Note on the mental hospitals in Burma - 1925-1940
Year: 1925
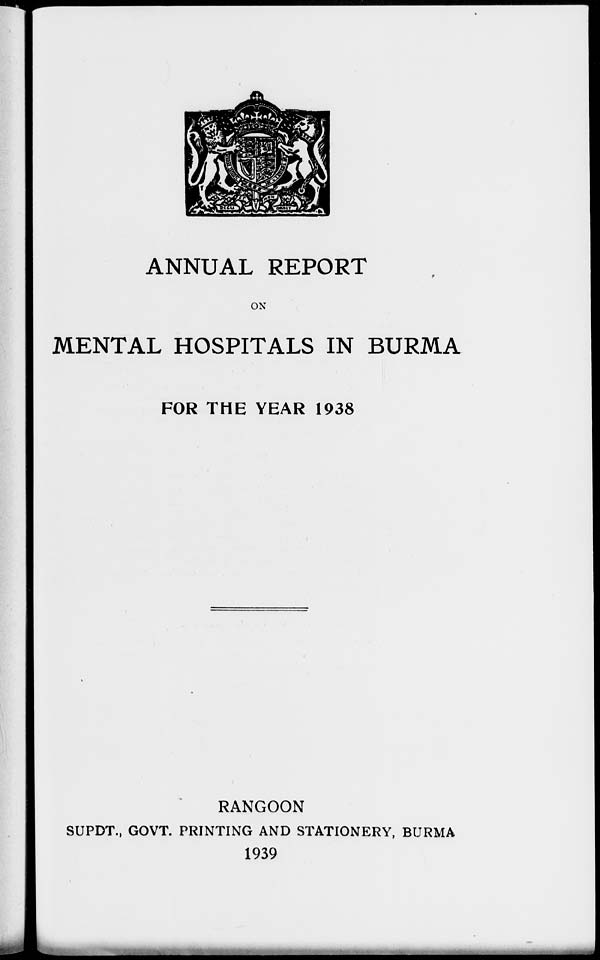
ANNUAL REPORT
ON
MENTAL HOSPITALS IN BURMA
FOR THE YEAR 1938
RANGOON
SUPDT., GOVT. PRINTING AND STATIONERY, BURMA
1939